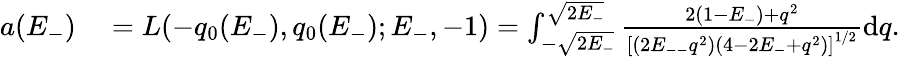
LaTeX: \begin{array}{rl}{a(E_{-})}&{{}=L(-q_{0}(E_{-}),q_{0}(E_{-});E_{-},-1)=\int_{-\sqrt{2E_{-}}}^{\sqrt{2E_{-}}}\frac{2(1-E_{-})+q^{2}}{\left[(2E_{--}q^{2})(4-2E_{-}+q^{2})\right]^{1/2}}\mathrm{d}q.}\end{array}